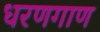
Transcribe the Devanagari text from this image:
धरणगाण